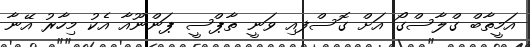
އަމީތާބް ގްލާސްގޯ އަށް ގޮސްފއި ވަނީ ތާޕްސީ ޕަންނޫއާ އެކު މިހާރު އޭނާ